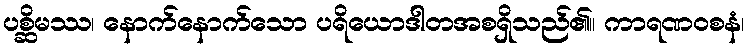
ပစ္ဆိမဿ၊ နောက်နောက်သော ပရိယောဒါတအစရှိသည်၏။ ကာရဏဝစနံ၊